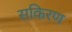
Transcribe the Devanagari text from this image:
सकिरण